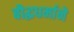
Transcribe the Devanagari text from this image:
बौद्धधर्माने